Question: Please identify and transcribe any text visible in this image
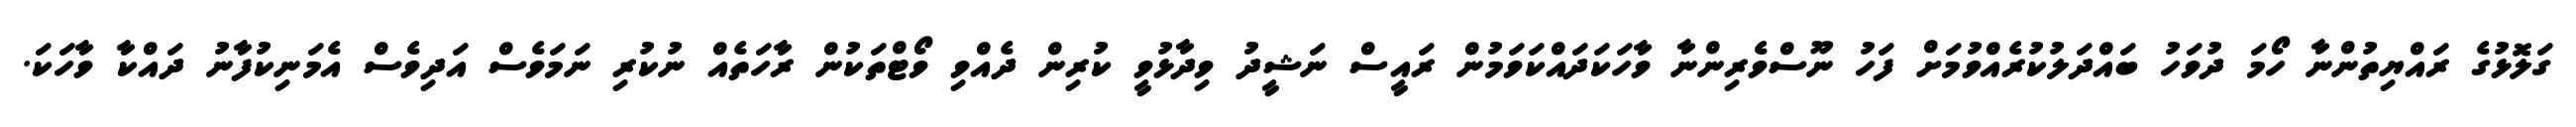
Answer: ގަލޮޅުގެ ރައްޔިތުންނާ ހޯމަ ދުވަހު ބައްދަލުކުރެއްވުމަށް ފަހު ނޫސްވެރިންނާ ވާހަކަދައްކަވަމުން ރައީސް ނަޝީދު ވިދާޅުވީ ކުރިން ދެއްވި ވޯޓްތަކުން ރާހަތެއް ނުކުރި ނަމަވެސް އަދިވެސް އެމަނިކުފާނު ދައްކާ ވާހަކަ.